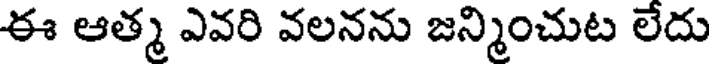
ఈ ఆత్మ ఎవరి వలనను జన్మించుట లేదు